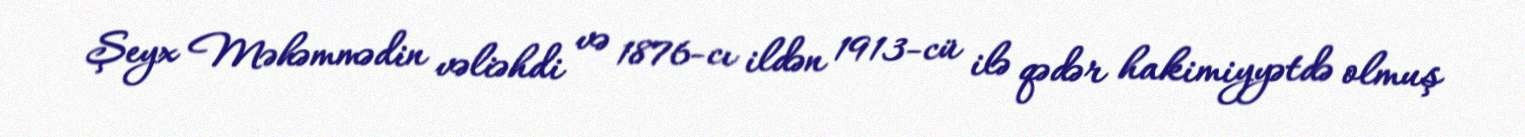
Şeyx Məhəmmədin vəliəhdi və 1876-cı ildən 1913-cü ilə qədər hakimiyyətdə olmuş